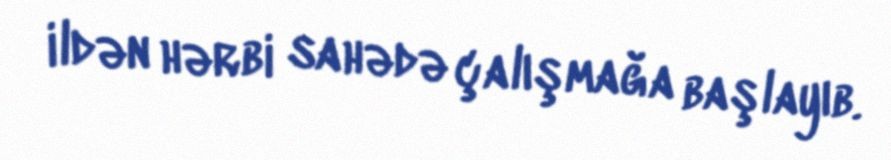
ildən hərbi sahədə çalışmağa başlayıb.